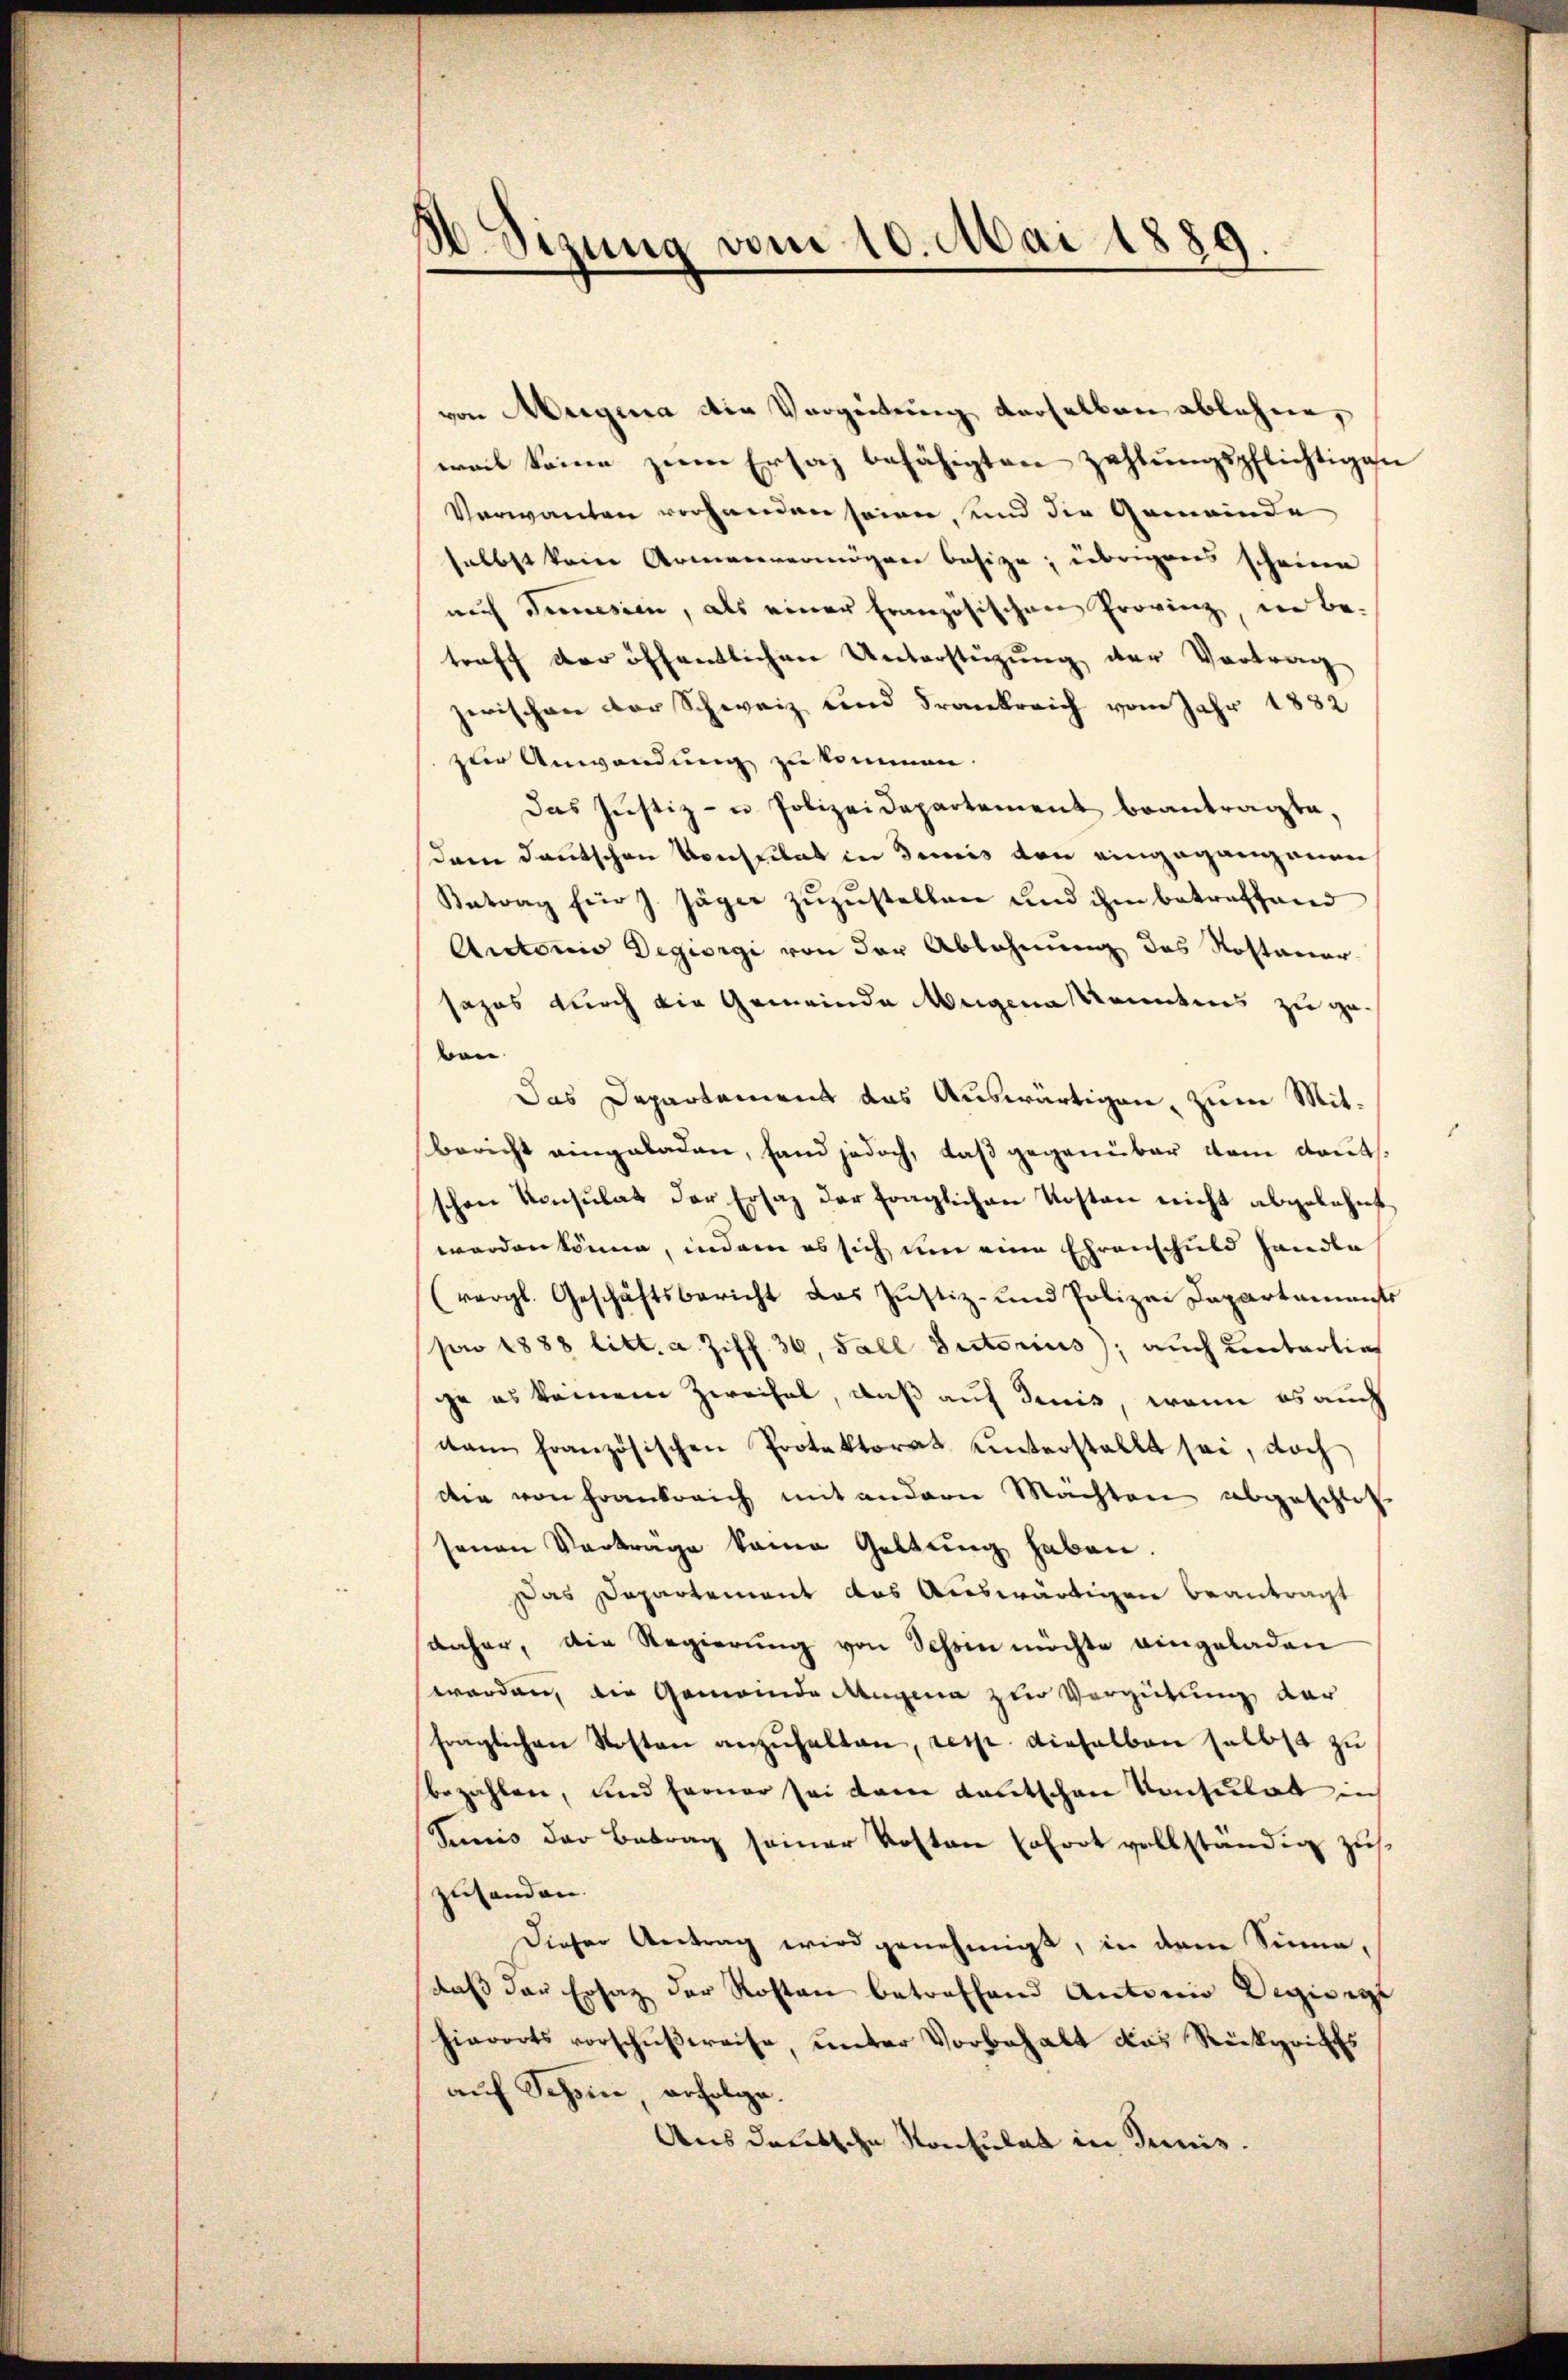
. Sizung vom 10. Mai 1889.

von Meigina die Verzeitung derselben ablehne,
weil keine zum Ersaz befähigten Zahlungspflichtigen
Verwanten vorhanden seien, und die Gemeinde
selbst kein Armenvermögen besize; übrigens scheine
auch Ternesien, als einer Französischen Provinz, in be-
treff der öffentlichen Unterstüzung der Vortrag
zerischen der Schweiz und Frankreich vom Jahr 1882
zur Anwendung zu kommen.
Das Justiz- u. Polizeidepartement beantragte,
dem deutschen Konsulat in dreis von eingegangenen
Antrag für J. Jäger zŭzŭstellen und ihm betreffend
Autorio Degiorgi von der Ablehnung des Rostaner-
sazes durch die Gemeinde Augena Kenntnis zu geben
Das Departement das Auswärtigen, zum Mit¬
Bericht eingeladen, fand jedoch, daß gegenüber vom Laut
schen Konsulat der Ersatz der fraglichen Kosten nicht abgelehnt
worden könne, indem es sich um eine Ehrenschuld handle
(vergl. Geschäftsbericht das Justiz- und Polizei Departements
po 1888 litt. a. Ziff. 36, Fall Sectorius; auch unterliege es keinem Zweifel, daß auf denis, wenn es auch
dam französischen Protektorat ŭnterstellt sei, doch
die von Frankreich mit andern Machten abgeschlos
senen Verträge keine Geltung haben.
Das Departement das Auswärtigen beantragt
daher, die Regierŭng von Schein möchte eingeladen
worden, die Gemeinde Mangen zur Vergütung der
fraglichen Kosten anzŭhalten, resp. dieselben selbst zu
bezahlen, und ferner sei dem Kautschen Konsulat in
Sunis der Betrag seiner Kosten sofort vollständig zus
zusenden.
Dieser Antrag wird genehmigt, in dem Sinne,
daß das Ersatz der Rosten betreffend Antonio Regienge
hierorts vorschußreise, unter Vorbehalt das Rückgriffs
auf Schöne, erfolge.
Aus deutsche Konsulat in Junis.